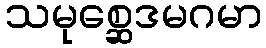
သမုစ္ဆေဒမဂမာ